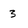
Character: 3